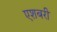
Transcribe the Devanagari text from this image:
एशबरी